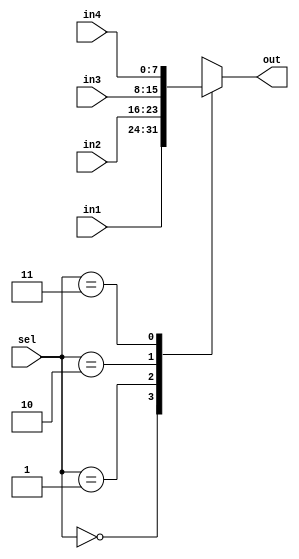
`timescale 1ns / 1ps
//////////////////////////////////////////////////////////////////////////////////
// Company: 
// Engineer: 
// 
// Design Name: 
// Module Name: mux_out
// Project Name: 
// Target Devices: 
// Tool Versions: 
// Description: 
// 
// Dependencies: 
// 
// Revision:
// Revision 0.01 - File Created
// Additional Comments:
// 
//////////////////////////////////////////////////////////////////////////////////


module mux_out(input [1:0] sel,
               input [7:0] in1, in2, in3, in4,
               output reg [7:0] out);
always @ (in1, in2, in3, in4, sel)
begin
    case(sel)
        2'b00: out = in1;
        2'b01: out = in2;
        2'b10: out = in3;
        2'b11: out = in4;
    endcase
end          
endmodule